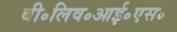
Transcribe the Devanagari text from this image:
बी॰लिव॰आई॰एस॰